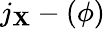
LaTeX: j_{\mathbf{X}}-(\phi)